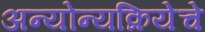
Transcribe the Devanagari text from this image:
अन्योन्यक्रियेचे